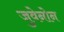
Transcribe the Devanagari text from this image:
जुवेनोन